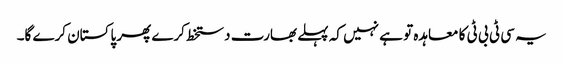
یہ سی ٹی بی ٹی کا معاہدہ تو ہے نہیں کہ پہلے بھارت دستخط کرے پھر پاکستان کرے گا۔